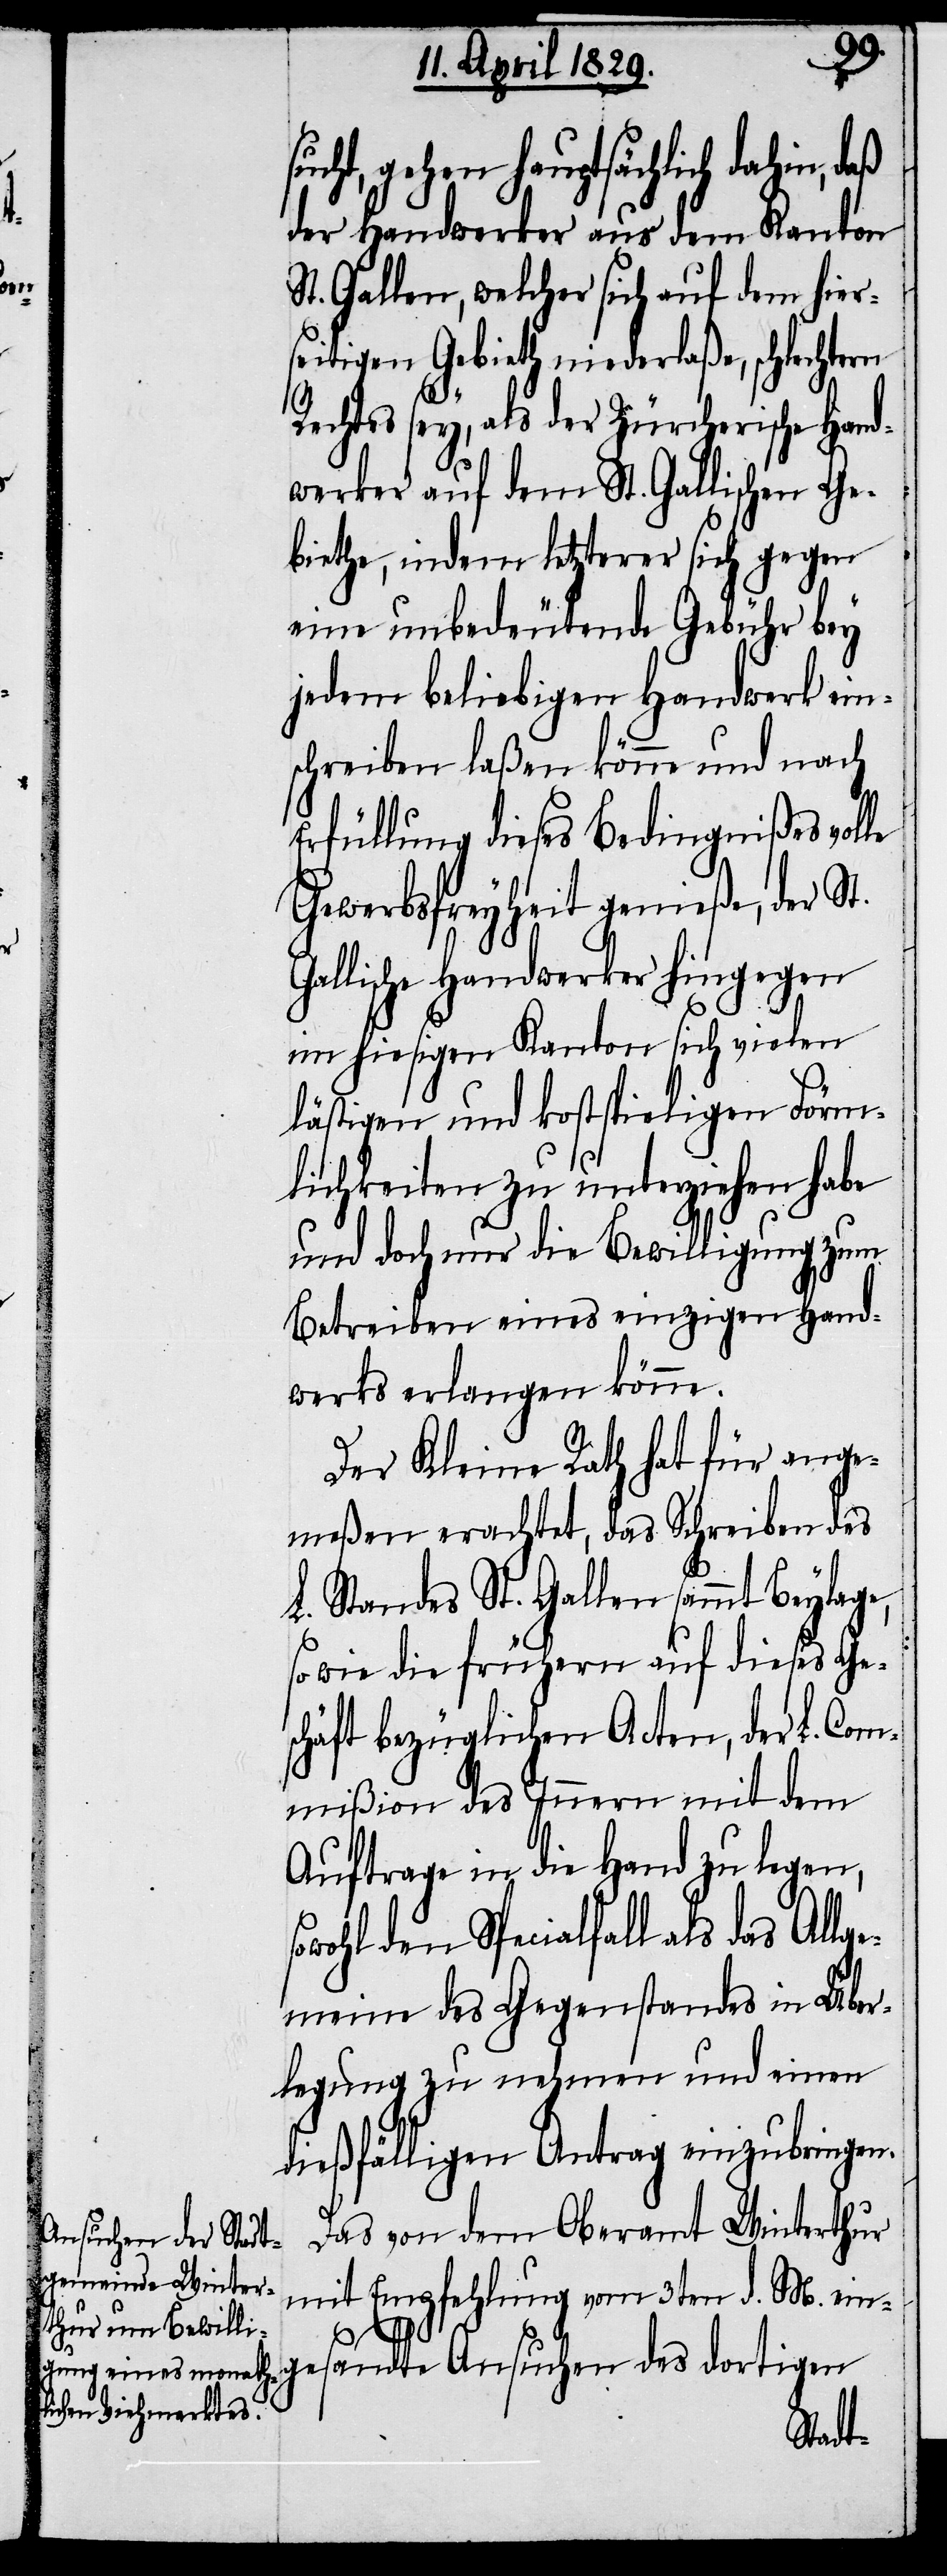
ucht, gehen hauptsächlich dahin, d¬
der Handwerker aus dem Kanton
St. Gallen, welcher sich auf dem hier¬
seitigen Gebieth niederlaße, schlechtern
Rechtes sey, als der Zürcherische Hand¬
werker auf dem St. Gallischen Ge¬
biethe, indem letzterer sich gegen
eine unbedeutende Gebühr bey
jedem beliebigen Handwerk ein¬
schreiben laßen könne und nach
Erfüllung dieses Bedingnißes volle
die frühern Acten, der L.
Gallische Handwerker hingegen
im hiesigen Kanton sich vielen
lästigen und kostspieligen Förm¬
lichkeiten zu unterziehen habe
und doch nur die Bewilligung zum
Betreiben eines einzigen Hand¬
werks erlangen könne.
Der Kleine Rath hat für ange¬
meßen erachtet, das Schreiben des
L. Standes St. Gallen sammt Beylage,
mmißon des Innern mit dem
Auftrage in die Hand zu legen,
sowohl den Specialfall als das Allg¬
emeine des Gegenstandes in Über¬
legung zu nehmen und einen
dießfälligen Antrag einzubringen.
Das von dem Oberamt Winterthur
mit Empfehlung vom 3ten d. M. ein¬
Co¬
gesandte Ansuchen des dortigen